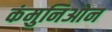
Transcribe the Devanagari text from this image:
कंमुनिओन